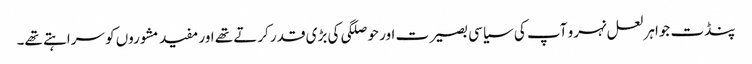
پنڈت جواہر لعل نہرو آپ کی سیاسی بصیرت اور حوصلگی کی بڑی قدر کرتے تھے اور مفید مشوروں کو سراہتے تھے۔